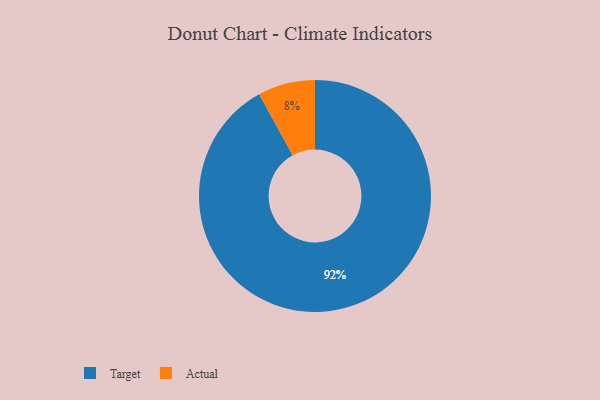
{"axis": {"x": "Category", "y": "Percentage"}, "legend": ["Actual", "Target"], "data": [{"x": "Actual", "y": 8, "type": "Actual"}, {"x": "Target", "y": 92, "type": "Target"}]}